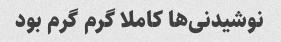
نوشیدنی‌ها کاملا گرم گرم بود